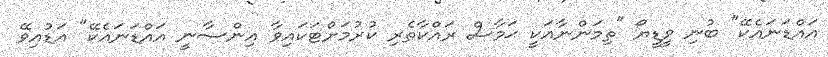
އައްޑަނައެކޭ" ބުނި ވީޑީޔޯ "ތިމަންނާއަކީ ޙަމާސް ރައްކާތެރި ކުރުމަށްޓަކައިވާ އިންސާނީ އައްޑަނައެކޭ" އަޑުއިވޭ